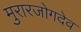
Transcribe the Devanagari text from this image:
मुरारजोगदेव